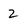
Character: 2